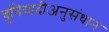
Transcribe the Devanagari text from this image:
बुनियादीअनुसंधान